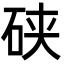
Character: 硖